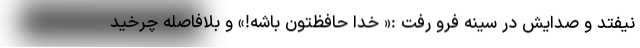
نیفتد و صدایش در سینه فرو رفت :« خدا حافظتون باشه!» و بلافاصله چرخید